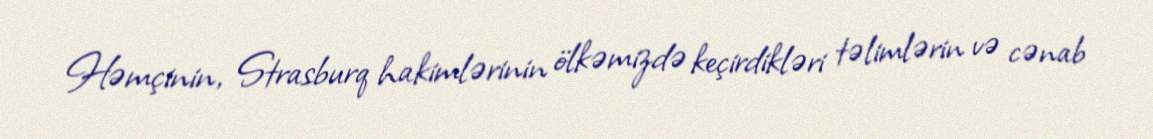
Həmçinin, Strasburq hakimlərinin ölkəmizdə keçirdikləri təlimlərin və cənab